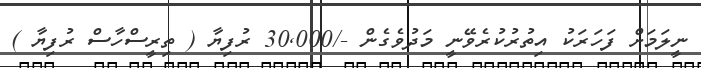
ނީލަމަށް ފަހަރަކު އިތުރުކުރެވޭނީ މަދުވެގެން -/30